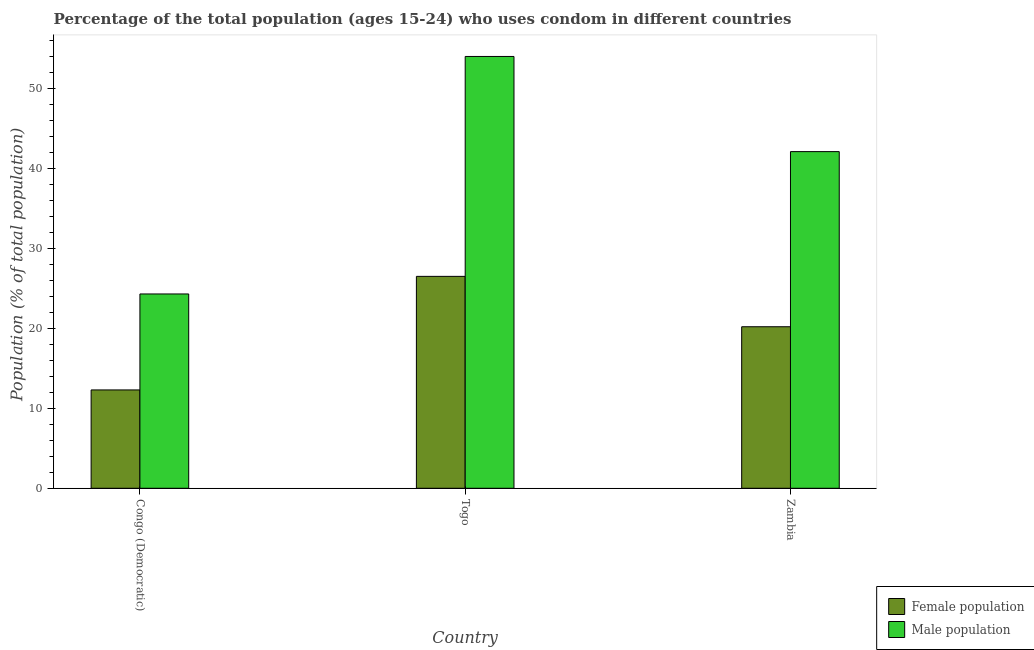
| Country | Female population | Male population |
 | --- | --- | --- |
 | Congo (Democratic) | 12.3 | 24.3 |
 | Togo | 26.5 | 54 |
 | Zambia | 20.2 | 42.1 |